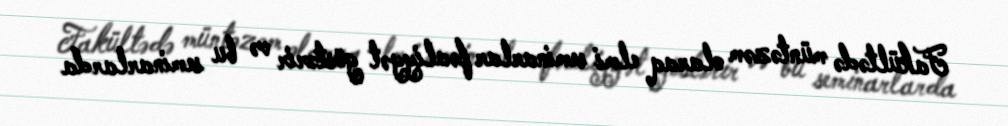
Fakültədə müntəzəm olaraq elmi seminarlar fəaliyyət göstərir və bu seminarlarda